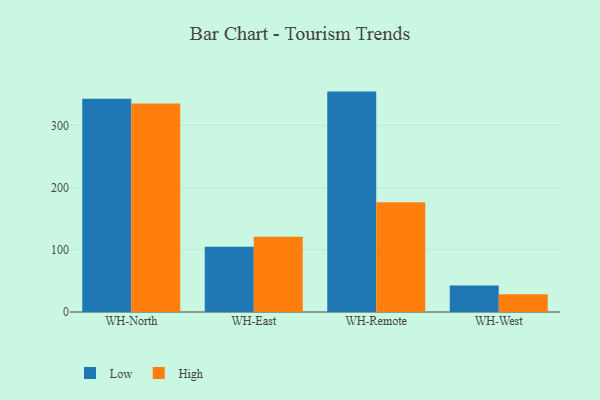
{"axis": {"x": "Warehouse", "y": "Demand Index"}, "legend": ["High", "Low"], "data": [{"x": "WH-North", "y": 342.7, "type": "Low"}, {"x": "WH-North", "y": 335.1, "type": "High"}, {"x": "WH-East", "y": 105.0, "type": "Low"}, {"x": "WH-East", "y": 121.1, "type": "High"}, {"x": "WH-Remote", "y": 354.2, "type": "Low"}, {"x": "WH-Remote", "y": 176.4, "type": "High"}, {"x": "WH-West", "y": 42.4, "type": "Low"}, {"x": "WH-West", "y": 28.5, "type": "High"}]}